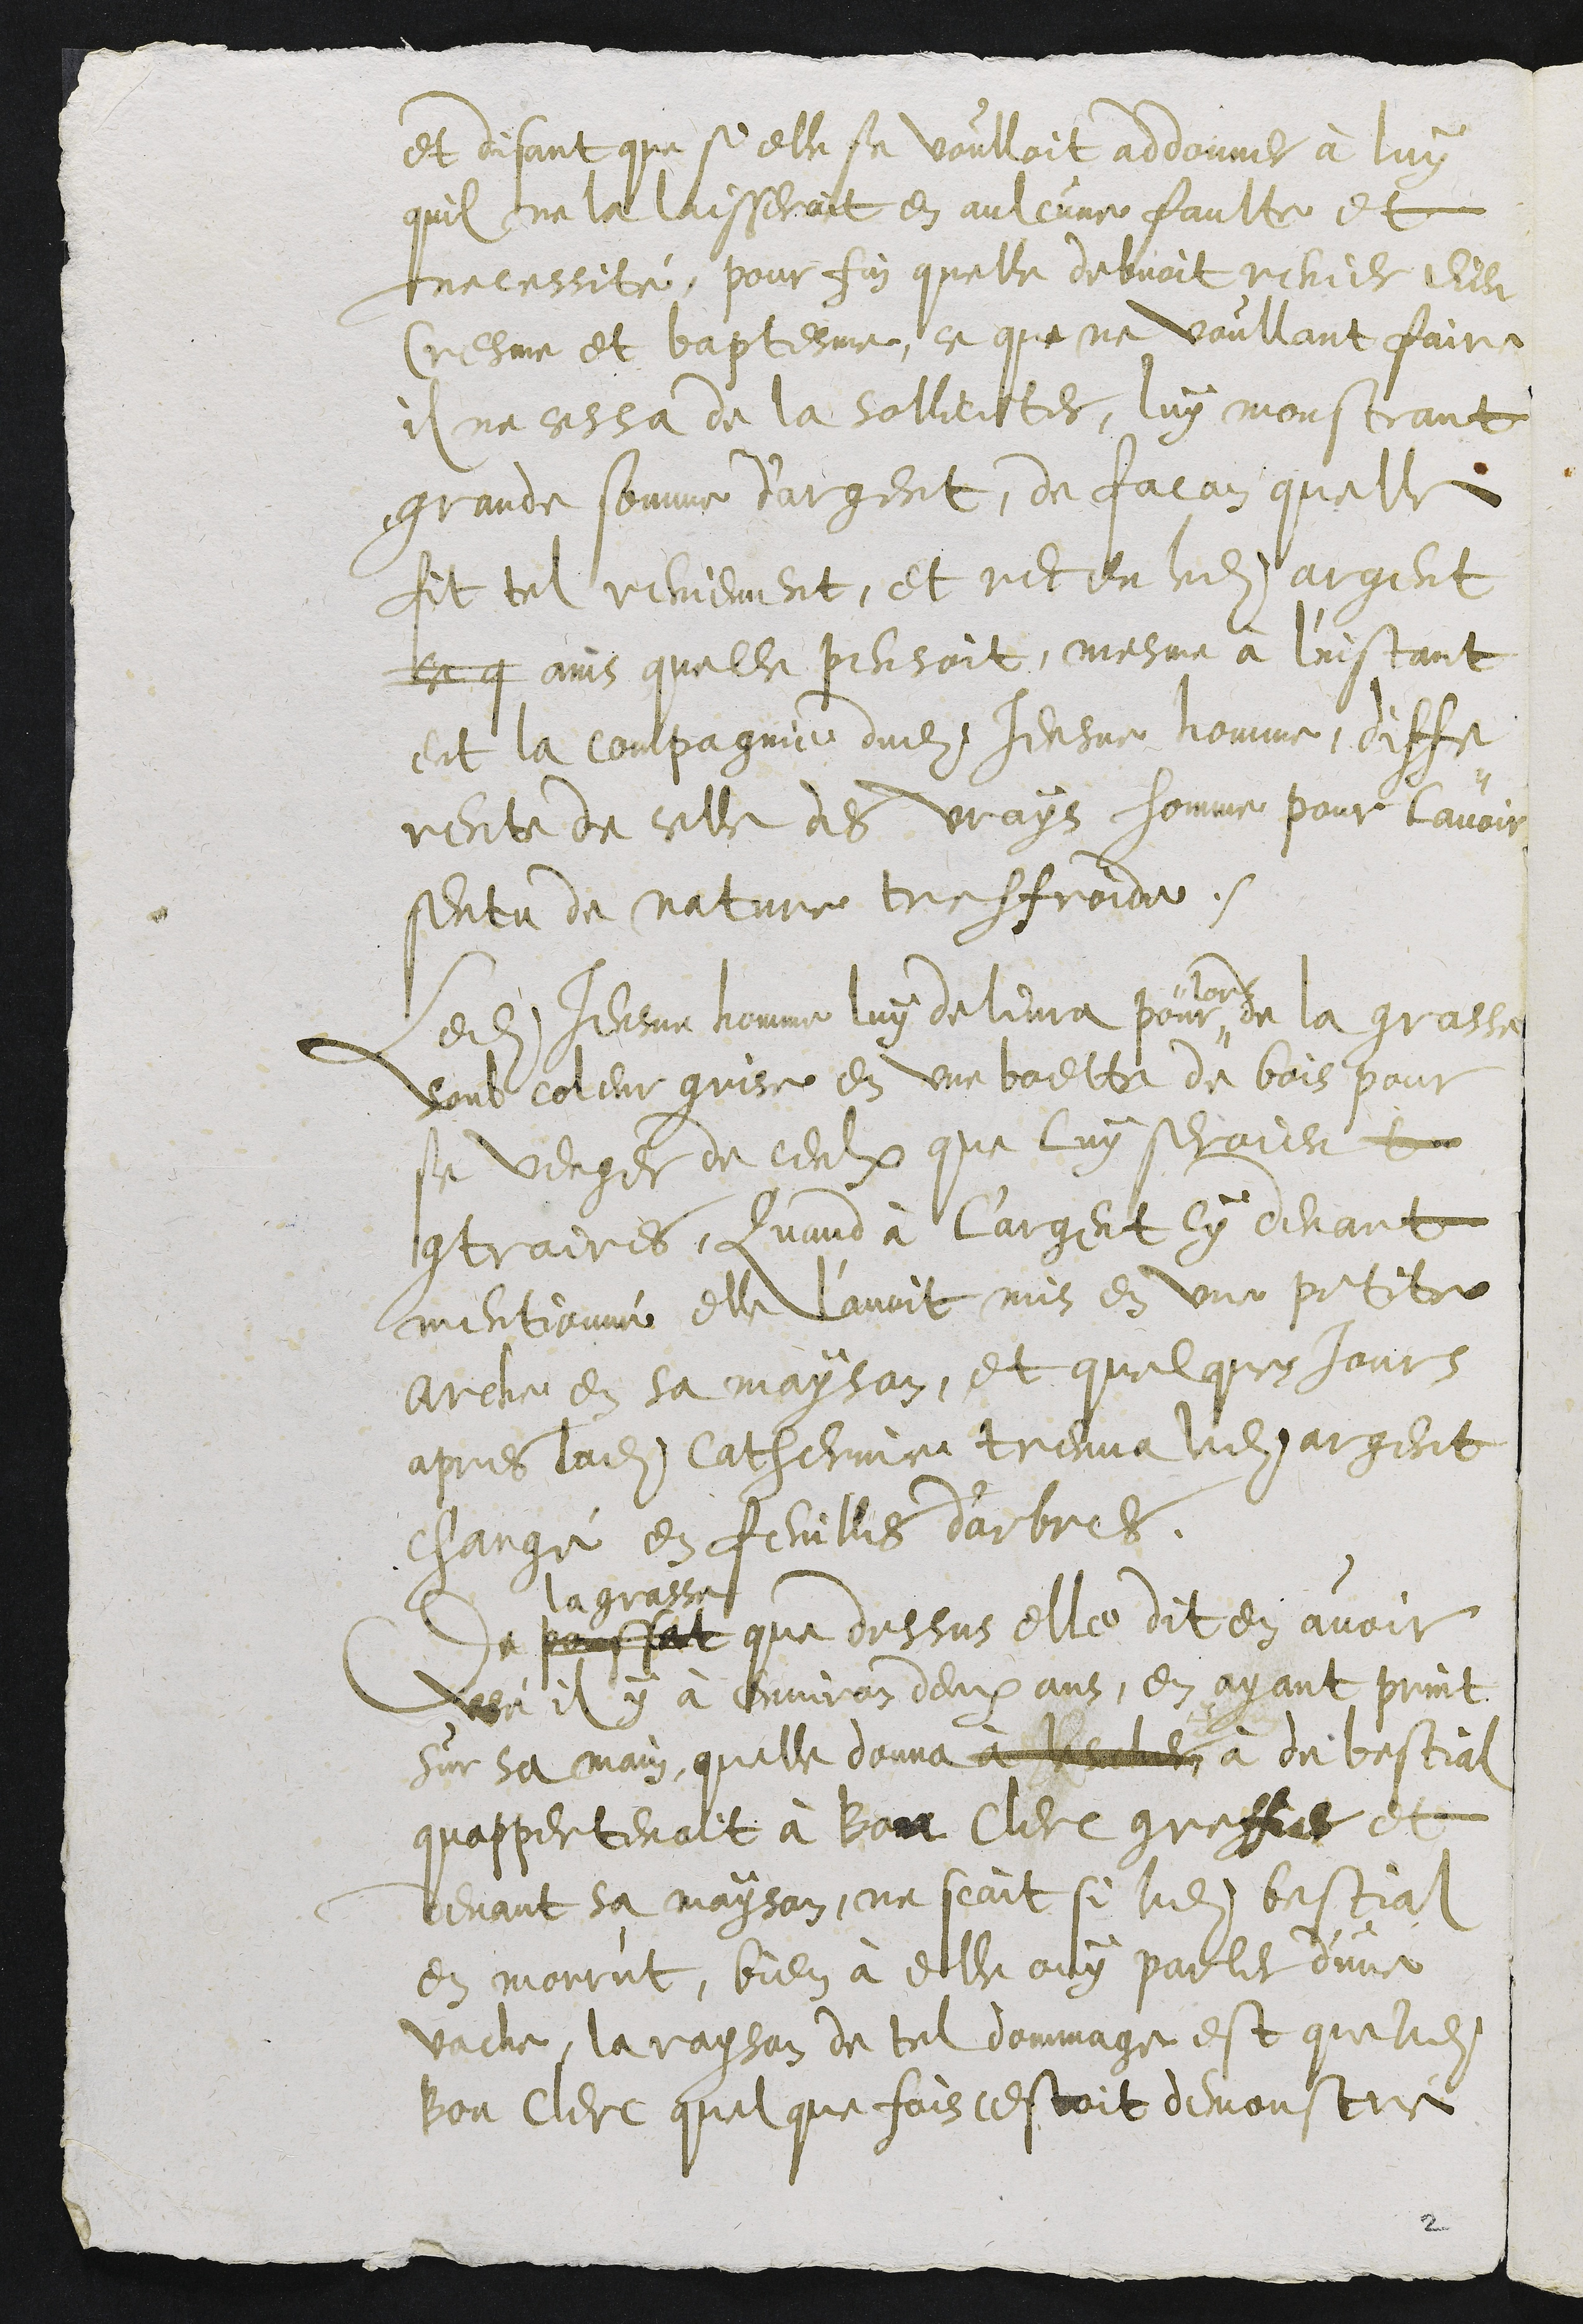
et disant que si elle se voulloit addonner à luy
quil ne la laisseroit en aulcune faulte et
necessité, pour fin quelle debvoit renier Dieu
Cresme et baptesme, ce que ne voullant faire
il ne cessa de la solliciter, luy monstrant
grande somme d'argent, de facon quelle
fit tel reniement, et receu ledit argent
ce q ains quelle pensoit, mesme à l'instant
eut la compagnie dudit Jeusne homme, diffe¬
rente de celle des vrays homme pour lavoir
sentu de nature tres froide.
Ledit Jeusne homme luy delivra pour
lors
de la grasse
soub coleur grise en une boette de bois pour
sa venger de ceulx que luy seroient
contraires, Quand à l'argent Cy devant
mentionné elle l'avoit mis en une petite
arche en sa mayson, et quelques jours
apres ladite Catherinne treuva ledit argent
changé en feuilles d'arbres.
De poussat
la grasse
que dessus elle dit en avoir
veu il y à environ deux ans, en ayant print
sur sa main, quelle donna à leselier à du bestial
quappertenoit à Bon Clerc greffier et
devant sa mayson, ne scait si ledit bestial
en morrut, bien à elle ouy parler d'une
vache, la rayson de tel dommage est que ladite
Bon Clerc quelque fois cestoit demonstré

2